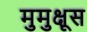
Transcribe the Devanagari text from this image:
मुमुक्षूस